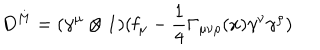
D ^ { M } = ( \gamma ^ { \mu } \otimes \mathbf { 1 } ) ( \mathbf { f } _ { \mu } - \frac { 1 } { 4 } \Gamma _ { \mu \nu \rho } ( x ) \gamma ^ { \nu } \gamma ^ { \rho } )